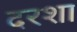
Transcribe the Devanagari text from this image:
दरशा